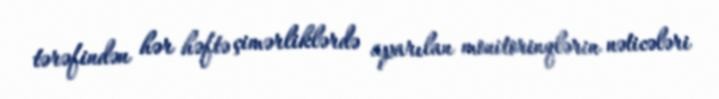
tərəfindən hər həftə çimərliklərdə aparılan monitorinqlərin nəticələri